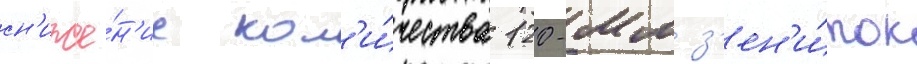
сн'иже́н'ие кол'и́чества 120-мм з'ен'и́ток